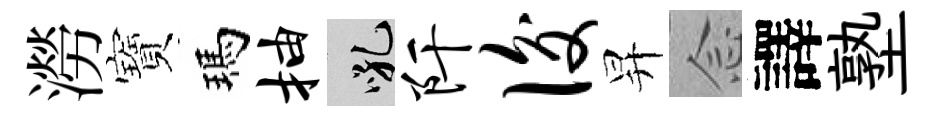
澇寶瑪抽吼阡后昇𫝹譯塾